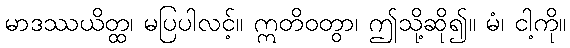
မာဒဿယိတ္ထ၊ မပြပါလင့်။ ဣတိဝတွာ၊ ဤသို့ဆို၍။ မံ၊ ငါ့ကို။